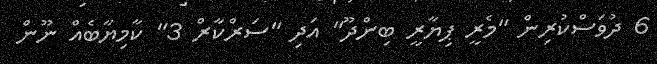
6 ދުވަަސްކުރިން "މެރީ ޕިޔާރީ ބިންދޫ" އަދި "ސަރްކާރް 3" ކާމިޔާބެއް ނޫން